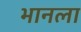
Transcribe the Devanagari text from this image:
भानला